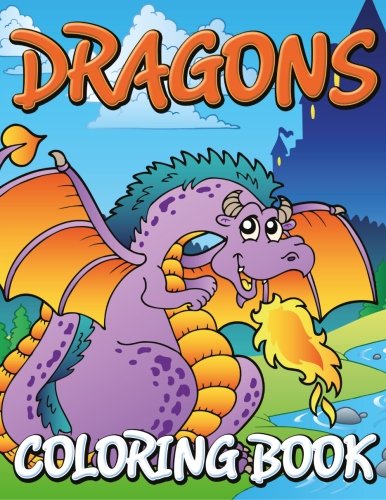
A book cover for Dragons Coloring Books; Speedy Publishing LLC; Children's Books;